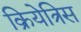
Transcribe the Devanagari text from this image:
क्रियेत्रिस